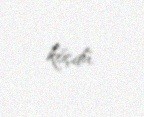
köçdü.